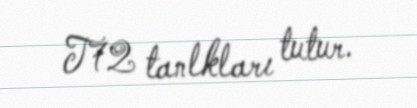
T72 tanlkları tutur.